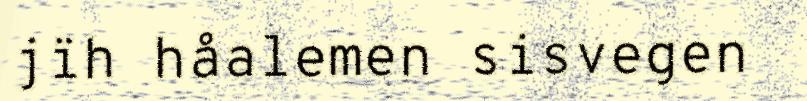
jïh håalemen sisvegen